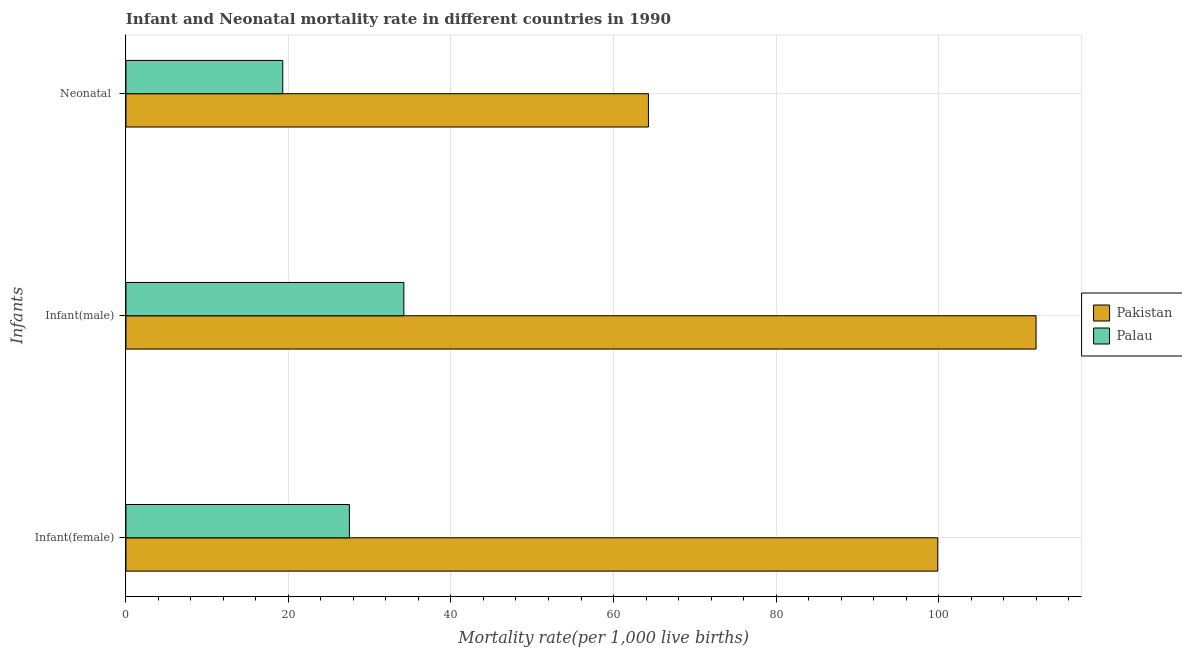
| Infants | Pakistan | Palau |
 | --- | --- | --- |
 | Infant(female) | 99.9 | 27.5 |
 | Infant(male) | 112 | 34.2 |
 | Neonatal  | 64.3 | 19.3 |